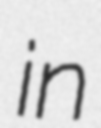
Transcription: in